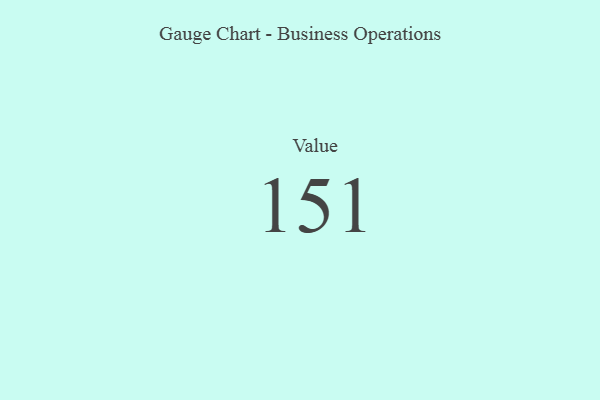
{"axis": {"x": "Metric", "y": "Value"}, "legend": [""], "data": [{"x": "Value", "y": 151, "type": ""}]}